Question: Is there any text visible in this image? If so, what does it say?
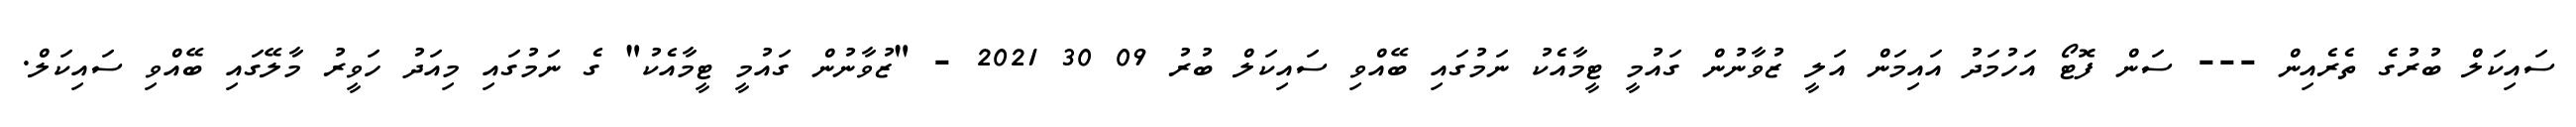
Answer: ސައިކަލް ބުރުގެ ތެރެއިން --- ސަން ފޮޓޯ އަހުމަދު އައިމަން އަލީ ޒުވާނުން ގައުމީ ޓީމާއެކު ނަމުގައި ބޭއްވި ސައިކަލް ބުރު 09 30 2021 - "ޒުވާނުން ގައުމީ ޓީމާއެކު" ގެ ނަމުގައި މިއަދު ހަވީރު މާލޭގައި ބޭއްވި ސައިކަލް.